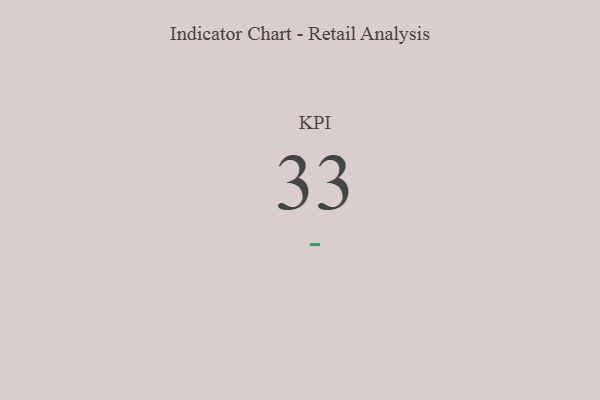
{"axis": {"x": "KPI", "y": "Value"}, "legend": [""], "data": [{"x": "KPI", "y": 33, "type": ""}]}